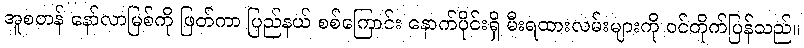
အူစတန် နော်လာမြစ်ကို ဖြတ်ကာ ပြည်နယ် စစ်ကြောင်း နောက်ပိုင်းရှိ မီးရထားလမ်းများကို ဝင်တိုက်ပြန်သည်။